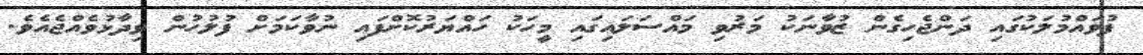
ފުވައްމުލަކުގައި ދަންޖެހިގެން ޒުވާނަކު މަރުވި މައްސަލައިގައި މީހަކު ހައްޔަރުކޮށްފައި ނުވާކަމަށް ފުލުހުން ވިދާޅުވެއްޖެއެވެ.